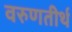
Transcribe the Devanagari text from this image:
वरुणतीर्थ